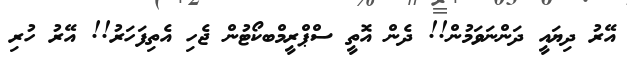
އޭރު ދިޔައީ ދަންނަވަމުން!! ދެން އޮތީ ސްޕްރީމްބކޯޓުން ޖެހި އެތިފަހަރު!! އޭރު ހުރި